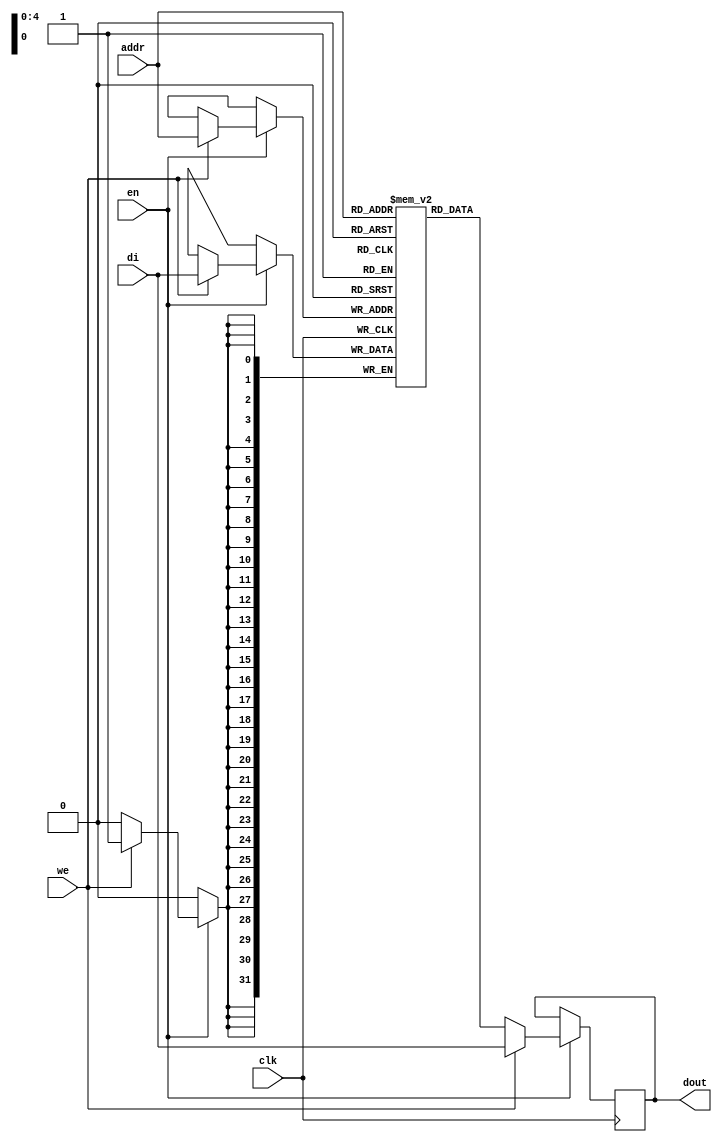
`timescale 1ns / 1ps
//////////////////////////////////////////////////////////////////////////////////
// Module Name: input_ram
// Description: Vivado BRAM block. 
// (https://www.xilinx.com/support/documentation/sw_manuals/xilinx2018_3/ug901-vivado-synthesis.pdf)
// Page 122
//////////////////////////////////////////////////////////////////////////////////


module single_port_ram (clk, we, en, addr, di, dout);
    parameter MEM_WIDTH = 32,
              MEM_SIZE = 24;
              
    input clk;
    input we;
    input en;
    input [$clog2(MEM_SIZE)-1:0] addr;
    input [MEM_WIDTH-1:0] di;
    output [MEM_WIDTH-1:0] dout;
    reg [MEM_WIDTH-1:0] RAM [MEM_SIZE-1:0];
    reg [MEM_WIDTH-1:0] dout;
    
    always @(posedge clk) begin
         if (en) begin
             if (we) begin
                 RAM[addr] <= di;
                 dout <= di;
             end
             else
                dout <= RAM[addr];
         end
    end
endmodule